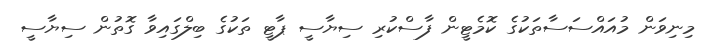
މިނިވަން މުއައްސަސާތަކުގެ ކޮމެޓީން ފާސްކުރި ސިޔާސީ ޕާޓީ ތަކުގެ ބިލްގައިވާ ގޮތުން ސިޔާސީ